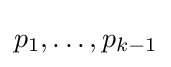
p_{1},\ldots ,p_{k-1}